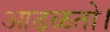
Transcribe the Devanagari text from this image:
आढळतो।